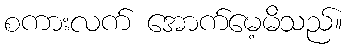
စကားလက် အောက်မေ့မိသည်။